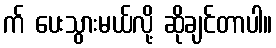
က် ပေးသွားမယ်လို့ ဆိုချင်တာပါ။